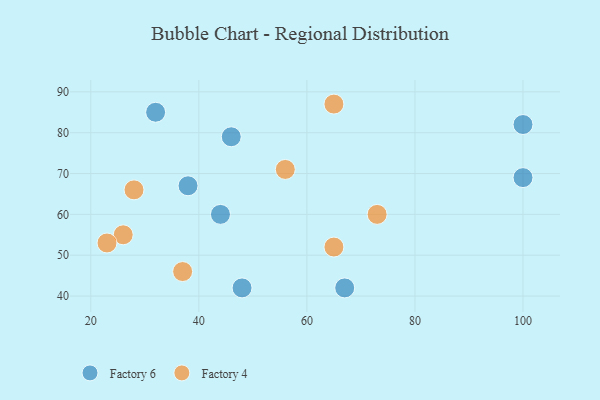
{"axis": {"x": "GDP", "y": "Life Expectancy"}, "legend": ["Factory 4", "Factory 6"], "data": [{"x": "100", "y": 69, "type": "Factory 6"}, {"x": "48", "y": 42, "type": "Factory 6"}, {"x": "100", "y": 82, "type": "Factory 6"}, {"x": "44", "y": 60, "type": "Factory 6"}, {"x": "38", "y": 67, "type": "Factory 6"}, {"x": "32", "y": 85, "type": "Factory 6"}, {"x": "67", "y": 42, "type": "Factory 6"}, {"x": "46", "y": 79, "type": "Factory 6"}, {"x": "37", "y": 46, "type": "Factory 4"}, {"x": "26", "y": 55, "type": "Factory 4"}, {"x": "73", "y": 60, "type": "Factory 4"}, {"x": "56", "y": 71, "type": "Factory 4"}, {"x": "23", "y": 53, "type": "Factory 4"}, {"x": "65", "y": 52, "type": "Factory 4"}, {"x": "65", "y": 87, "type": "Factory 4"}, {"x": "28", "y": 66, "type": "Factory 4"}]}